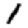
Digit: 1